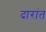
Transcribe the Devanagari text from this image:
दारांत